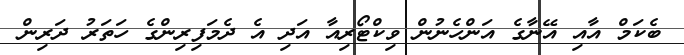
ބެކަމް އާއި އޭނާގެ އަންހެނުން ވިކްޓޯރިއާ އަދި އެ ދެމަފިރިންގެ ހަތަރު ދަރިން